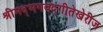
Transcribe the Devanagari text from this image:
श्रीमद्‌भगवद्‌गीतेखेरीज